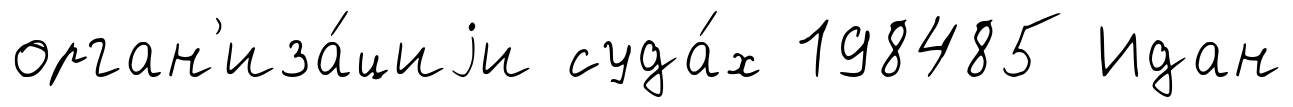
орган'иза́циjи суда́х 198485 Идан